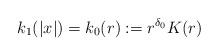
LaTeX: \begin{align*}k_1(|x|) =k_0(r):=r^{\delta_0}K(r)\end{align*}